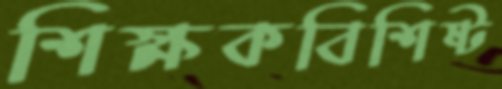
শিক্ষকবিশিষ্ট